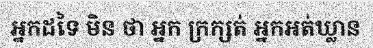
អ្នកដទៃ មិន ថា អ្នក ក្រក្សត់ អ្នកអត់ឃ្លាន